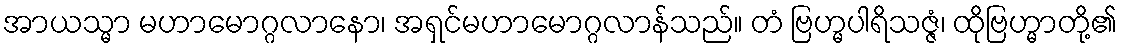
အာယသ္မာ မဟာမောဂ္ဂလာနော၊ အရှင်မဟာမောဂ္ဂလာန်သည်။ တံ ဗြဟ္မပါရိသဇ္ဇံ၊ ထိုဗြဟ္မာတို့၏